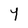
Character: Y